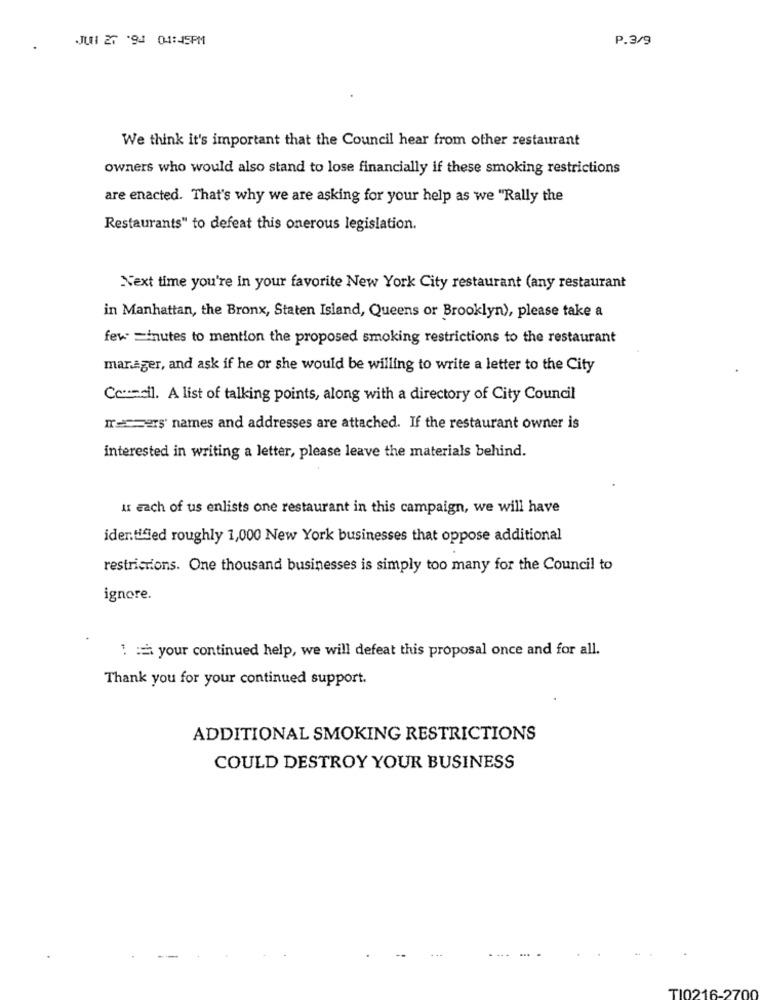
JUNI 27 '94 04:45PM
P.3/9
We think it's important that the Council hear from other restaurant
owners who would also stand to lose financially if these smoking restrictions
are enacted. That's why we are asking for your help as we "Rally the
Restaurants" to defeat this onerous legislation.
Next time you're in your favorite New York City restaurant (any restaurant
in Manhattan, the Bronx, Staten Island, Queens or Brooklyn), please take a
few =inutes to mention the proposed smoking restrictions to the restaurant
manager, and ask if he or she would be willing to write a letter to the City
C .-- Il. A list of talking points, along with a directory of City Council
Tres' names and addresses are attached. If the restaurant owner is
interested in writing a letter, please leave the materials behind.
u Each of us enlists one restaurant in this campaign, we will have
identified roughly 1,000 New York businesses that oppose additional
restrictions. One thousand businesses is simply too many for the Council to
ignore.
1 : your continued help, we will defeat this proposal once and for all.
Thank you for your continued support.
ADDITIONAL SMOKING RESTRICTIONS
COULD DESTROY YOUR BUSINESS
...
TI0216-27